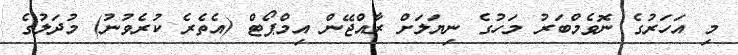
މި އަހަރުގެ ނޮވެމްބަރު މަހުގެ ނިޔަލަށް ރާއްޖޭން އިމްޕޯޓް (އެތެރެ ކުރެވުނު) މުދަލުގެ